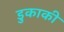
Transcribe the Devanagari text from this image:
डुकाकी